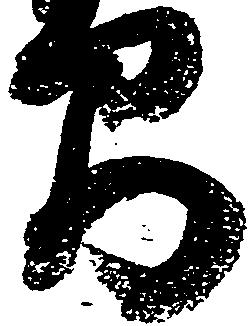
間